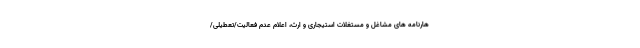
هارنامه های مشاغل و مستغلات استیجاری و ارث، اعلام عدم فعالیت/تعطیلی/